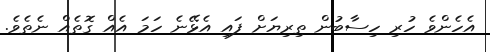
އެހެންވެ ހުރި ހިސާބުން ތިރިޔަށް ފައި އެޅޭނެ ހަމަ އެއް ގޮތެއް ނެތެވެ.